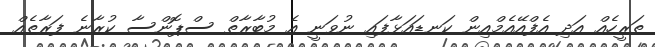
ތަރީހެއް އަދި އެފްއޭއެމްއިން ކަނޑައަޅާފައި ނުވަނީ އެ މުބާރާތް ސްޕޮންސާ ކުރާނެ ފަރާތެއް